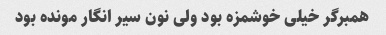
همبرگر خیلی خوشمزه بود ولی نون سیر انگار مونده بود